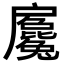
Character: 𢩢